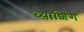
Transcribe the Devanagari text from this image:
च्याशिंग